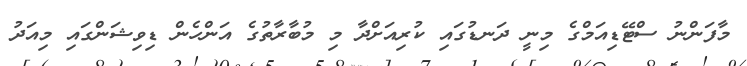
މާފަންނު ސްޓޭޑިއަމްގެ މިނީ ދަނޑުގައި ކުރިއަށްދާ މި މުބާރާތުގެ އަންހެން ޑިވިޝަންގައި މިއަދު